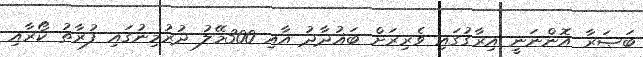
ބަޞަރާ އޮންނަނީ އިރާގުގައި ވެރިރަށް ބަޣުދާދު އާއި 300މޭލު ދުރުމިނުގައި ފުރާތު ކޯރާއި